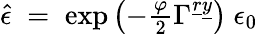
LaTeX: \hat{\epsilon}\; =\; \exp\left(-\textstyle{\frac{\varphi}{2}}\Gamma^{\underline{{{r}}}\underline{{{y}}}}\right)\ \epsilon_{0}